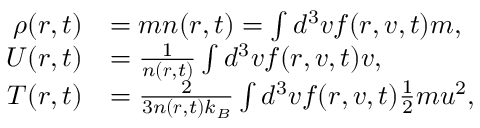
\begin{array} { r l } { \rho ( \boldsymbol { r } , t ) } & { = m n ( \boldsymbol { r } , t ) = \int d ^ { 3 } v f ( \boldsymbol { r } , \boldsymbol { v } , t ) m , } \\ { \boldsymbol { U } ( \boldsymbol { r } , t ) } & { = \frac { 1 } { n ( \boldsymbol { r } , t ) } \int d ^ { 3 } v f ( \boldsymbol { r } , \boldsymbol { v } , t ) \boldsymbol { v } , } \\ { T ( \boldsymbol { r } , t ) } & { = \frac { 2 } { 3 n ( \boldsymbol { r } , t ) k _ { B } } \int d ^ { 3 } v f ( \boldsymbol { r } , \boldsymbol { v } , t ) \frac { 1 } { 2 } m \boldsymbol { u } ^ { 2 } , } \end{array}